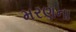
મરણના